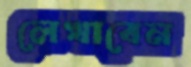
লেখাবেন